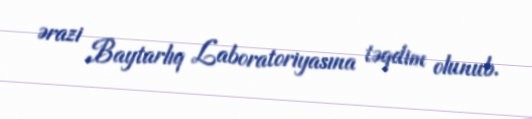
ərazi Baytarlıq Laboratoriyasına təqdim olunub.